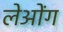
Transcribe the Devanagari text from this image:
लेओंग